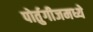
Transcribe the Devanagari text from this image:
पोर्तुगीजमध्ये